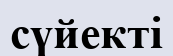
сүйекті